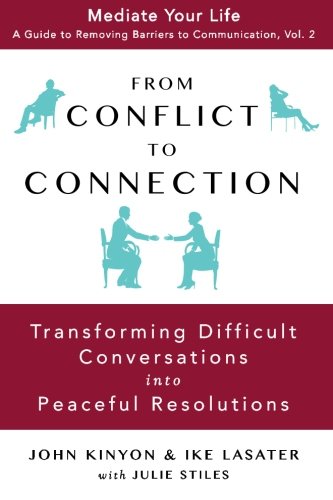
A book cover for From Conflict to Connection: Transforming Difficult Conversations into Peaceful Resolutions (Mediate Your Life: A Guide to Removing Barriers to Communication ) (Volume 2); John Kinyon; Parenting & Relationships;